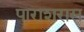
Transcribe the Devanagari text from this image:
पाराशरास